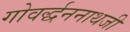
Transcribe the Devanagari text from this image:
गोवर्द्धननाथजी